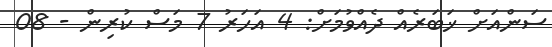
ސަންއަށް ޚަބަރެއް ދެއްވުމަށް: 4 އަހަރު 7 މަސް ކުރިން - 08